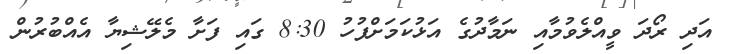
އަދި ރޯދަ ވީއްލެވުމާއި ނަމާދުގެ އަޅުކަމަށްފުހު 8:30 ގައި ފަށާ މެލޭޝިޔާ އެއްބުރުން